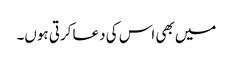
میں بھی اس کی دعا کرتی ہوں۔